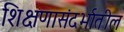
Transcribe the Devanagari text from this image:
शिक्षणासंदर्भातील